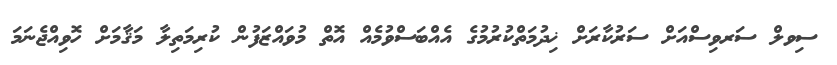
ސިވލް ސަރވިސްއަށް ސަރުކާރަށް ޚިދުމަތްކުރުމުގެ އެއްބަސްވުމެއް އޮތް މުވައްޒަފުން ކުރިމަތިލާ މަޤާމަށް ހޮވިއްޖެނަމަ